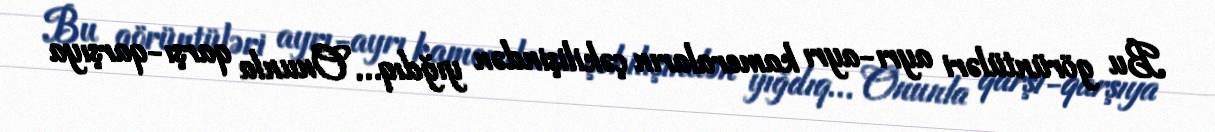
Bu görüntüləri ayrı-ayrı kameraların çəkilişindən yığdıq… Onunla qarşı-qarşıya